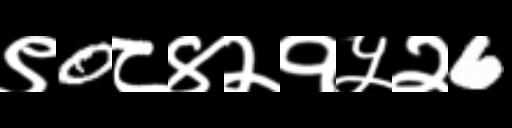
Text: ९0८४२१५२6